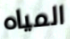
المياه